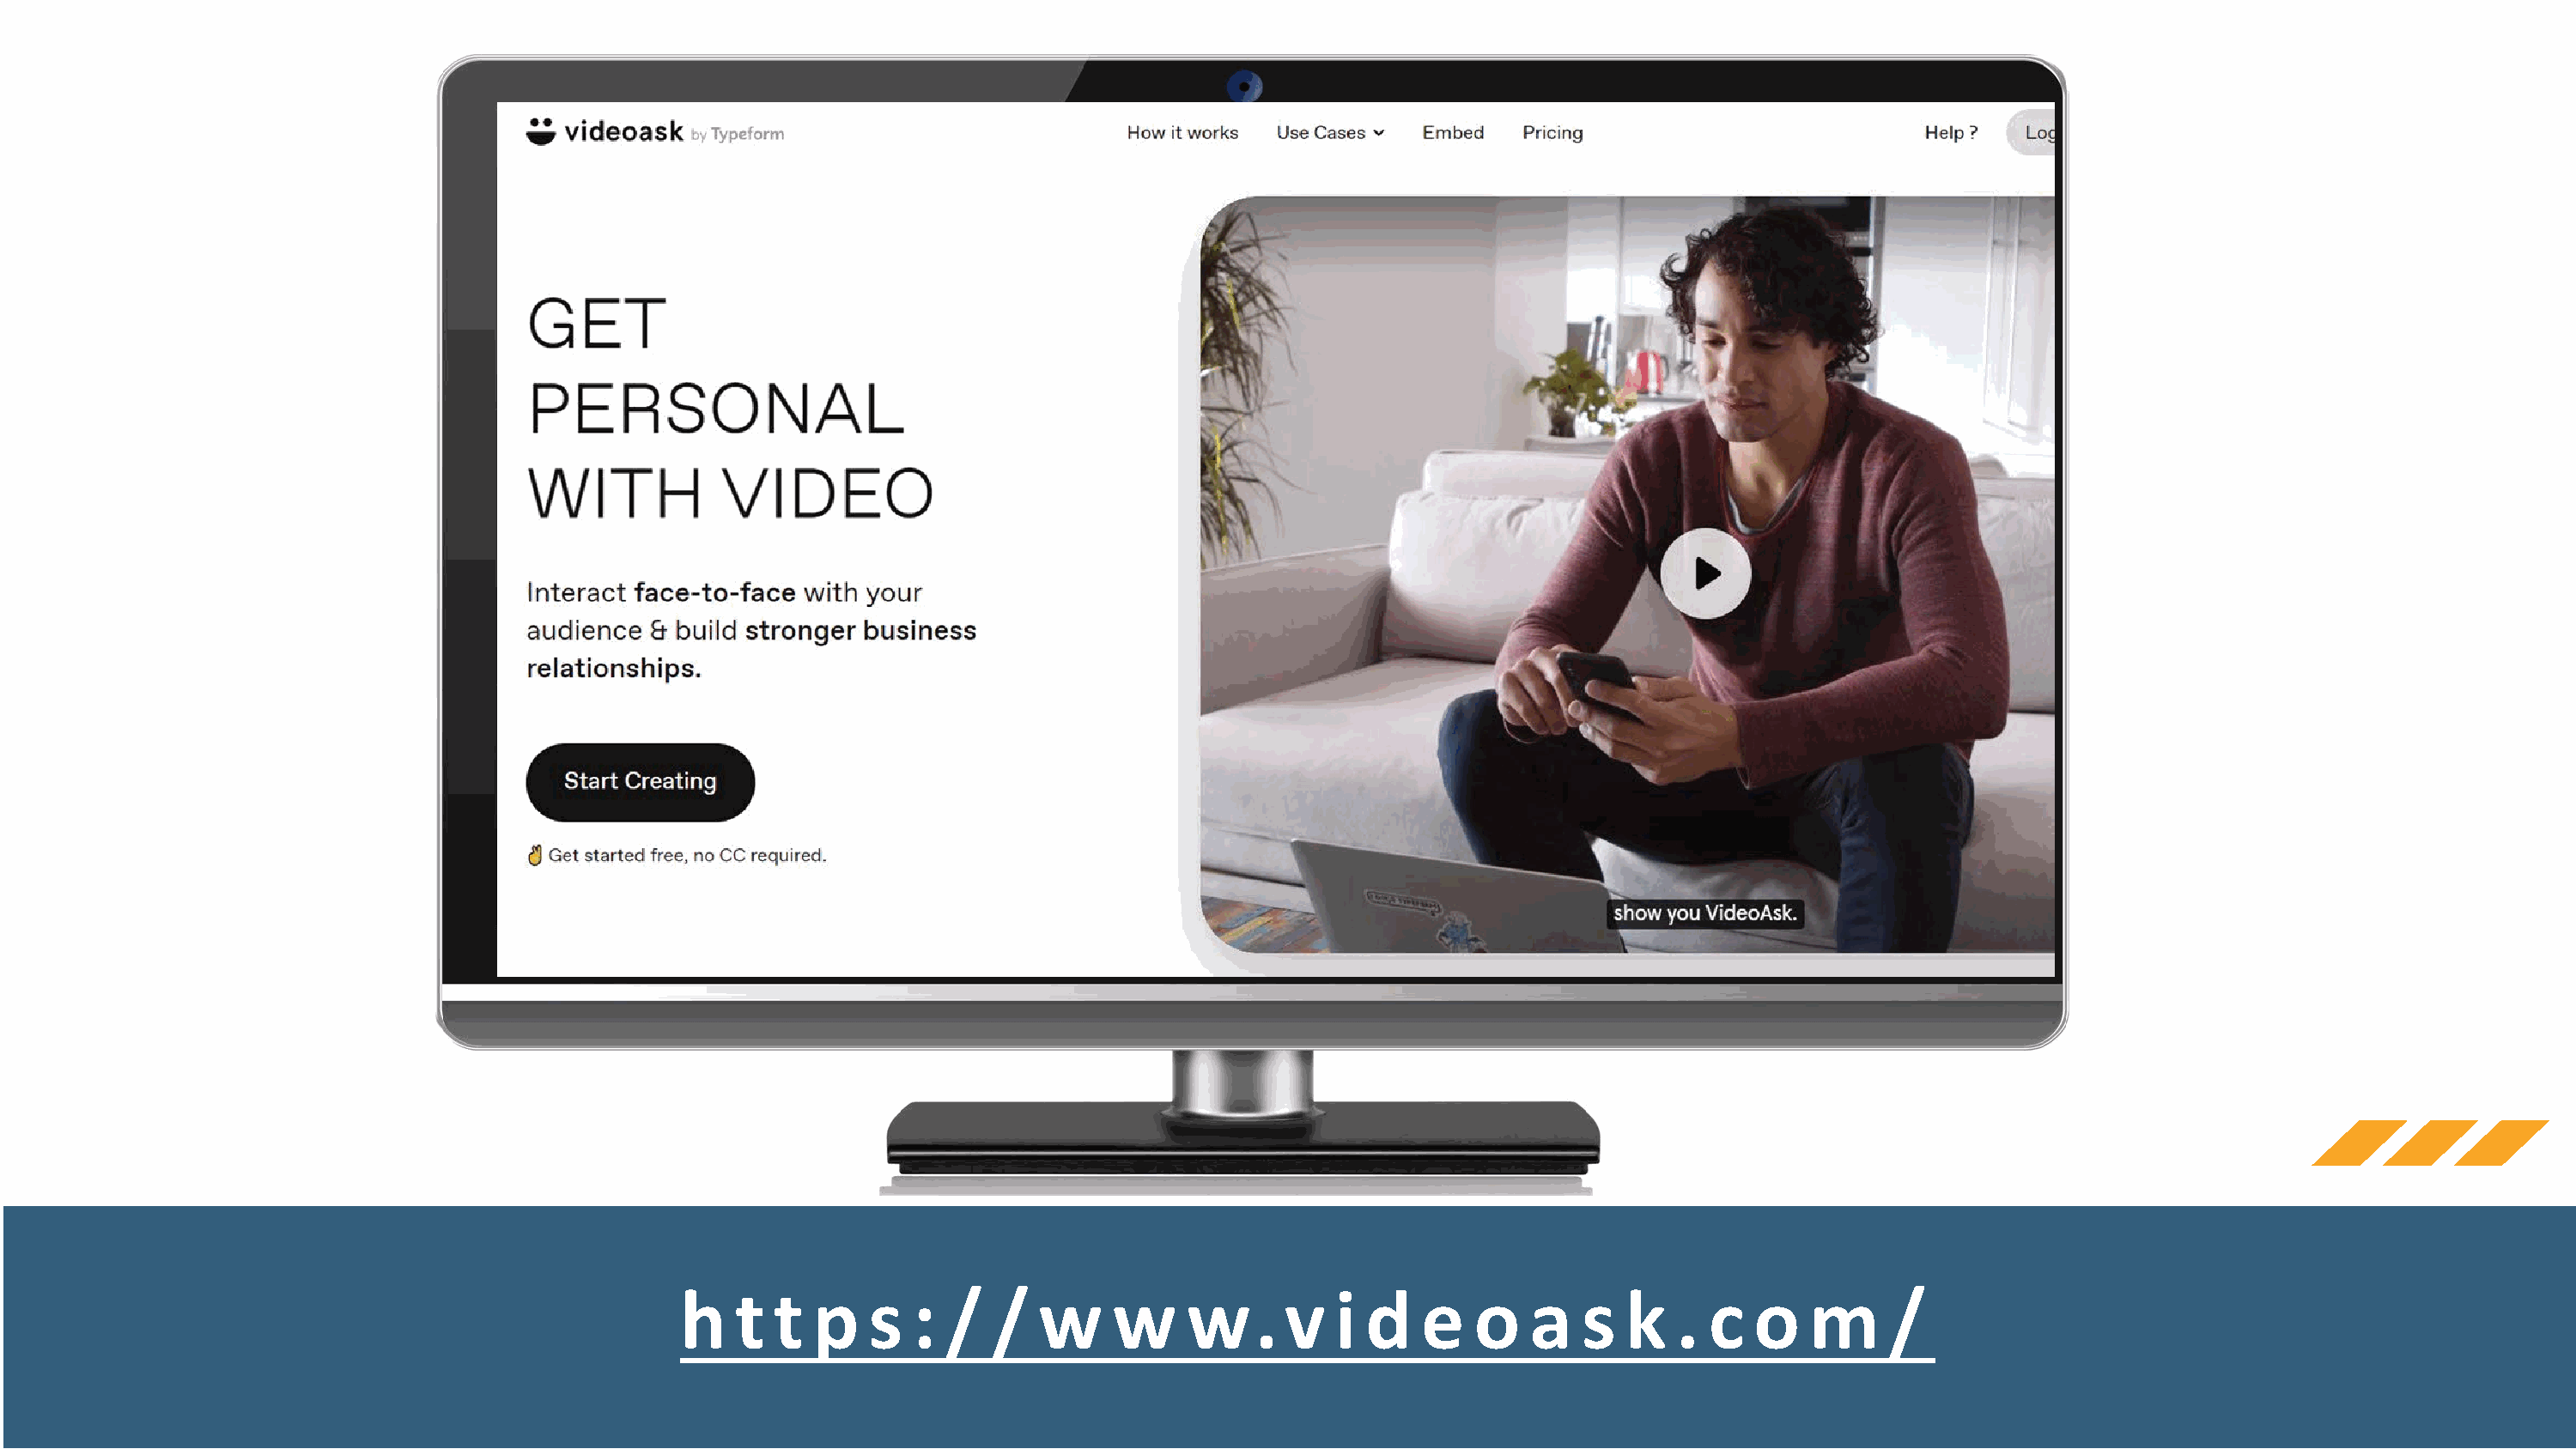
h    t  t  p   s  :  /  /   w     w    w.      v   i d    e   o   a   s  k   .  c  o    m     /